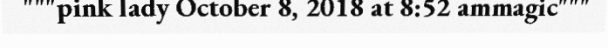
"""pink lady October 8, 2018 at 8:52 ammagic"""